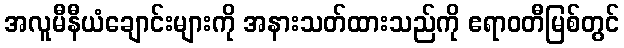
အလူမီနီယံချောင်းများကို အနားသတ်ထားသည်ကို ဧရာဝတီမြစ်တွင်